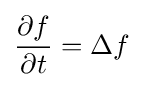
{\frac {\partial f}{\partial t}}=\Delta f